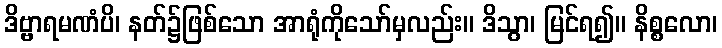
ဒိဗ္ဗာရမဏံပိ၊ နတ်၌ဖြစ်သော အာရုံကိုသော်မှလည်း။ ဒိသွာ၊ မြင်ရ၍။ နိစ္စလော၊